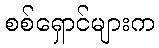
စစ်ရှောင်များက